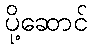
ပို့ဆောင်